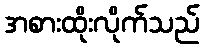
အစားထိုးလိုက်သည်